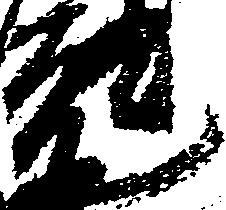
元